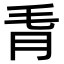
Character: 𪵗